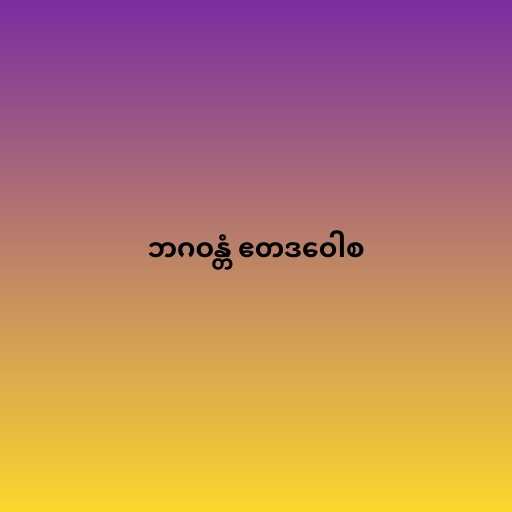
ဘဂဝန္တံ ဧတဒဝေါစ